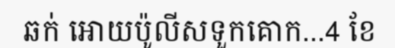
ឆក់ អោយប៉ូលីសទួកគោក...4 ខែ